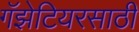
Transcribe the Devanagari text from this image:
गॅझेटियरसाठी